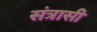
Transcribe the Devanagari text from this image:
संत्रासी